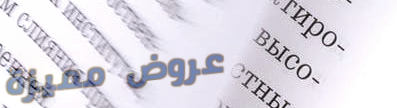
عروض مميزة